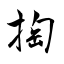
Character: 掏